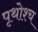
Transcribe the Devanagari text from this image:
पृथोश्च